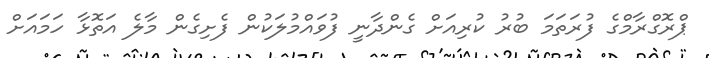
ޕްރޮގްރާމްގެ ފުރަތަމަ ބުރު ކުރިއަށް ގެންދާނީ ފުވައްމުލަކުން ފެށިގެން މާލެ އަތޮޅާ ހަމައަށް